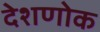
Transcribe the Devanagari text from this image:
देशणोक